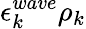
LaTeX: \epsilon_{k}^{wave}\rho_{k}